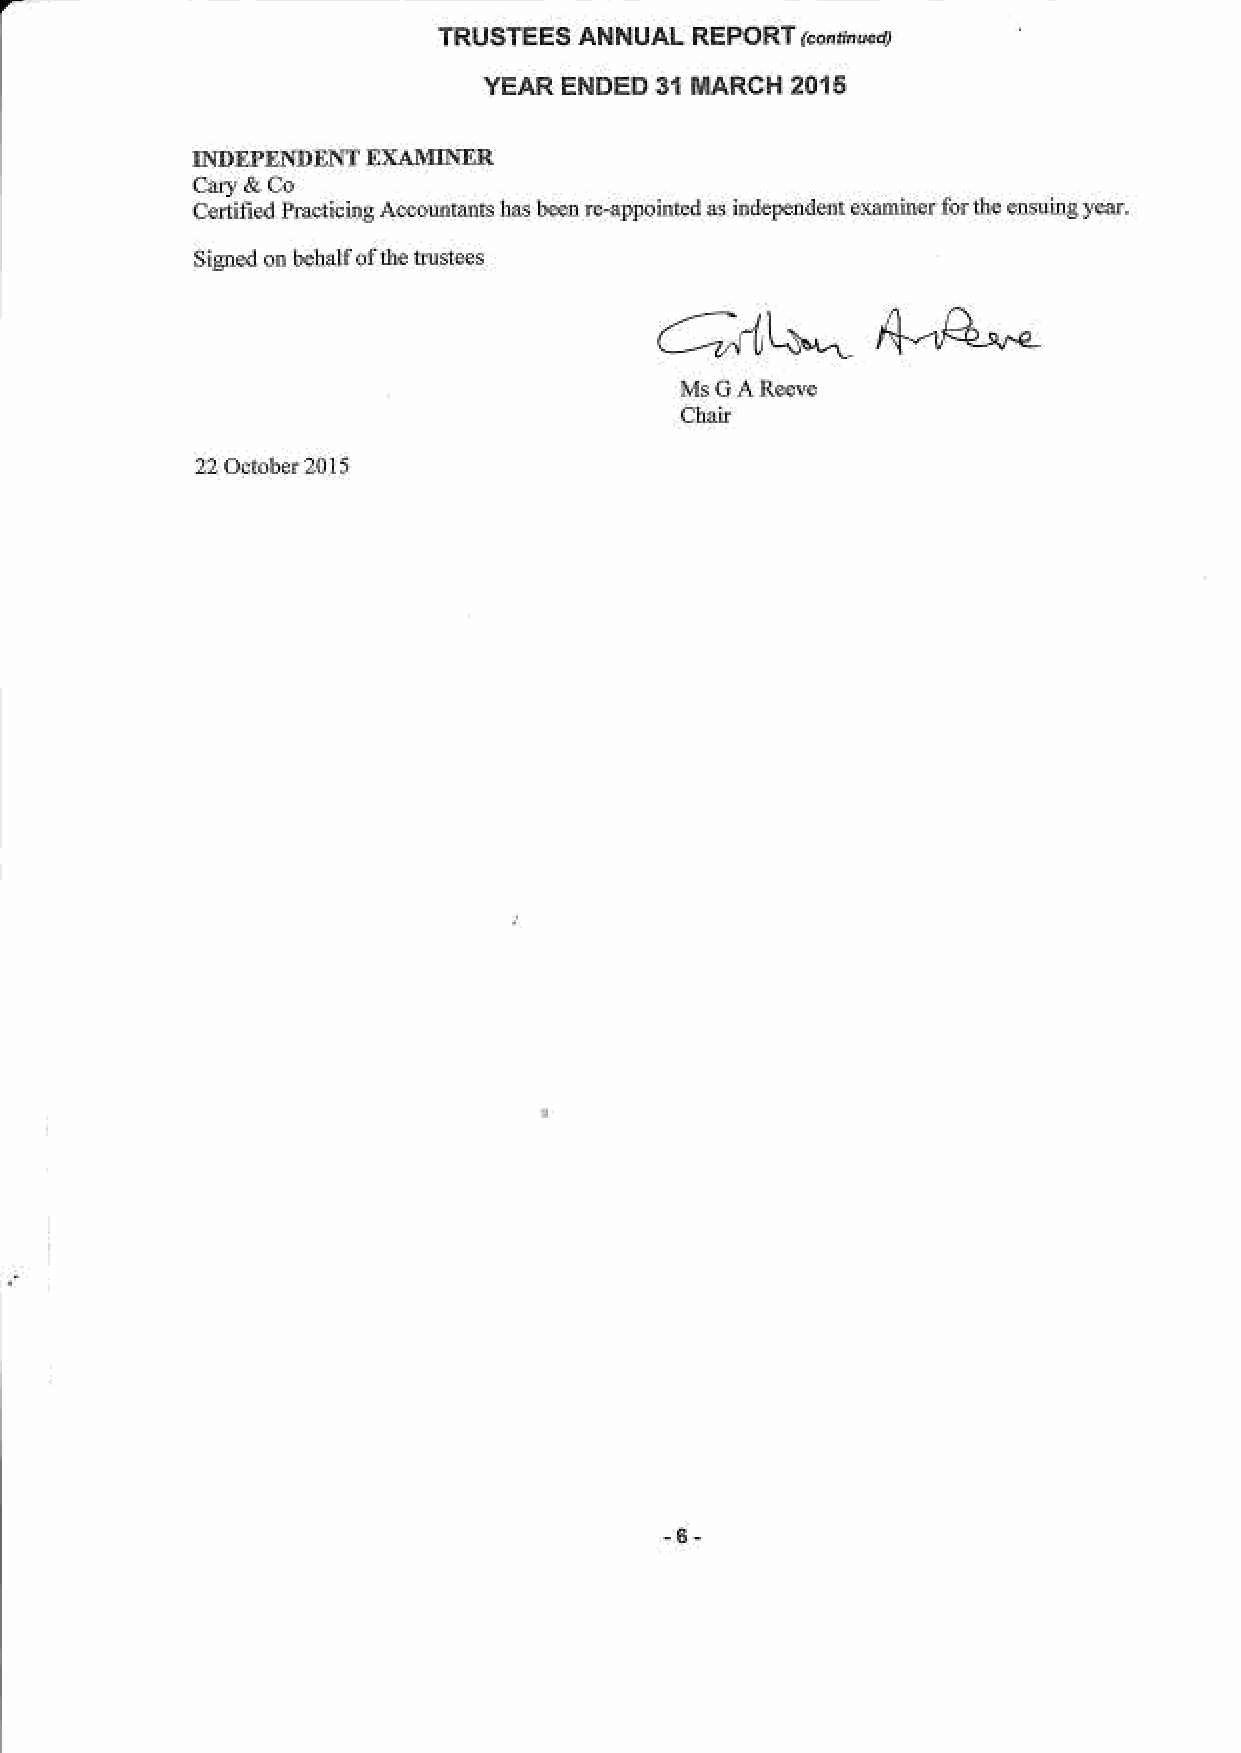
c;tu  ldbsMtubE{Fd!iiiridrutuhe!ub3F.
 6,1t\".4-.4*